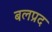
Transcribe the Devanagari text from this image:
बलप्रद